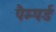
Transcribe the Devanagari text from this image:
पैम्पर्ड